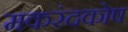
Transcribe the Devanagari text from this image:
मकरंदकोष